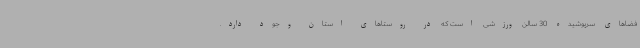
فضاهای سرپوشیده 30 سالن ورزشی است که در روستاهای استان وجود دارد.